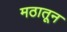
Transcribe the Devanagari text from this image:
मठातून